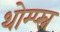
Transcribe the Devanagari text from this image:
थोम्प्स्न